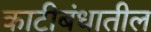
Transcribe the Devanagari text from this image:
काटीबंधातील